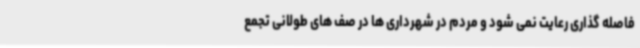
فاصله گذاری رعایت نمی شود و مردم در شهرداری ها در صف های طولانی تجمع